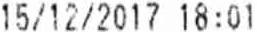
15/12/2017 18:01